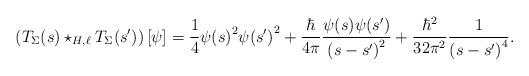
LaTeX: \begin{align*} \left( T_{\Sigma}(s) \star_{H, \ell} T_{\Sigma}(s') \right)[\psi] = \frac{1}{4} \psi{(s)}^2 \psi{(s')}^2 + \frac{\hbar}{4 \pi} \frac{\psi(s) \psi(s')}{{(s - s')}^2} + \frac{\hbar^2}{32 \pi^2} \frac{1}{{(s - s')}^4}.\end{align*}